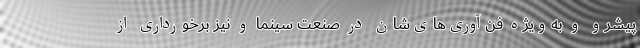
پیشرو و به‌ویژه فن‌آوری‌های‌شان در صنعتِ سینما و نیز برخورداری از